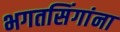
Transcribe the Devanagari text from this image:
भगतसिंगांना